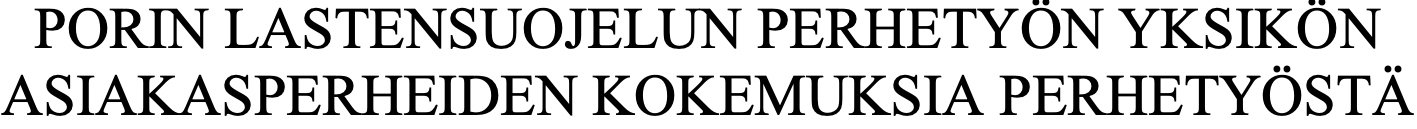
PORIN LASTENSUOJELUN   PERHETYÖN   YKSIKÖN ASIAKASPERHEIDEN    KOKEMUKSIA   PERHETYÖSTÄ